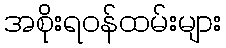
အစိုးရဝန်ထမ်းများ